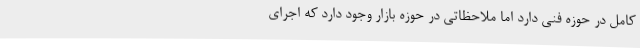
کامل در حوزه فنی دارد اما ملاحظاتی در حوزه بازار وجود دارد که اجرای